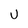
Character: U